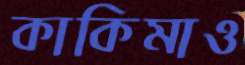
কাকিমাও